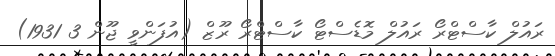
ރައުލް ކާސްޓްރޯ ރައުލް މޮޑެސްޓޯ ކާސްޓްރޯ ރޫޒް (އުފަންވީ ޖޫން 3 1931)